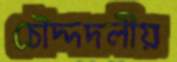
চৌদ্দদলীয়